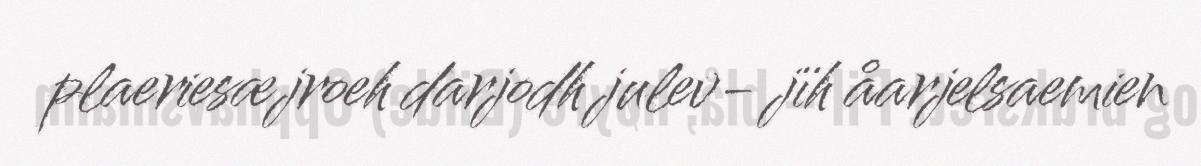
plaeriesæjroeh darjodh julev- jïh åarjelsaemien